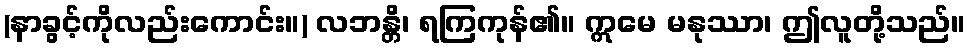
(နာခွင့်ကိုလည်းကောင်း။) လဘန္တိ၊ ရကြကုန်၏။ ဣမေ မနုဿာ၊ ဤလူတို့သည်။